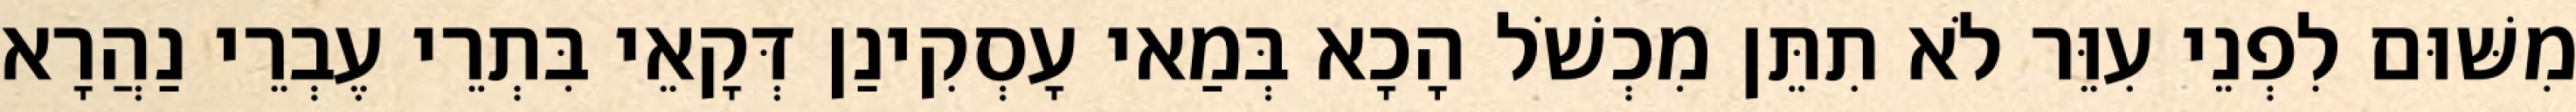
מִשּׁוּם לִפְנֵי עִוֵּר לֹא תִתֵּן מִכְשֹׁל הָכָא בְּמַאי עָסְקִינַן דְּקָאֵי בִּתְרֵי עֶבְרֵי נַהֲרָא